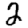
Digit: 2